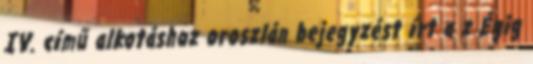
IV. című alkotáshoz oroszlán bejegyzést írt a z Égig